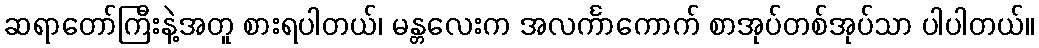
ဆရာတော်ကြီးနဲ့အတူ စားရပါတယ်၊ မန္တလေးက အလင်္ကာကောက် စာအုပ်တစ်အုပ်သာ ပါပါတယ်။